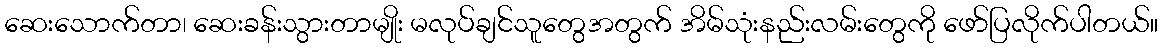
ဆေးသောက်တာ၊ ဆေးခန်းသွားတာမျိုး မလုပ်ချင်သူတွေအတွက် အိမ်သုံးနည်းလမ်းတွေကို ဖော်ပြလိုက်ပါတယ်။